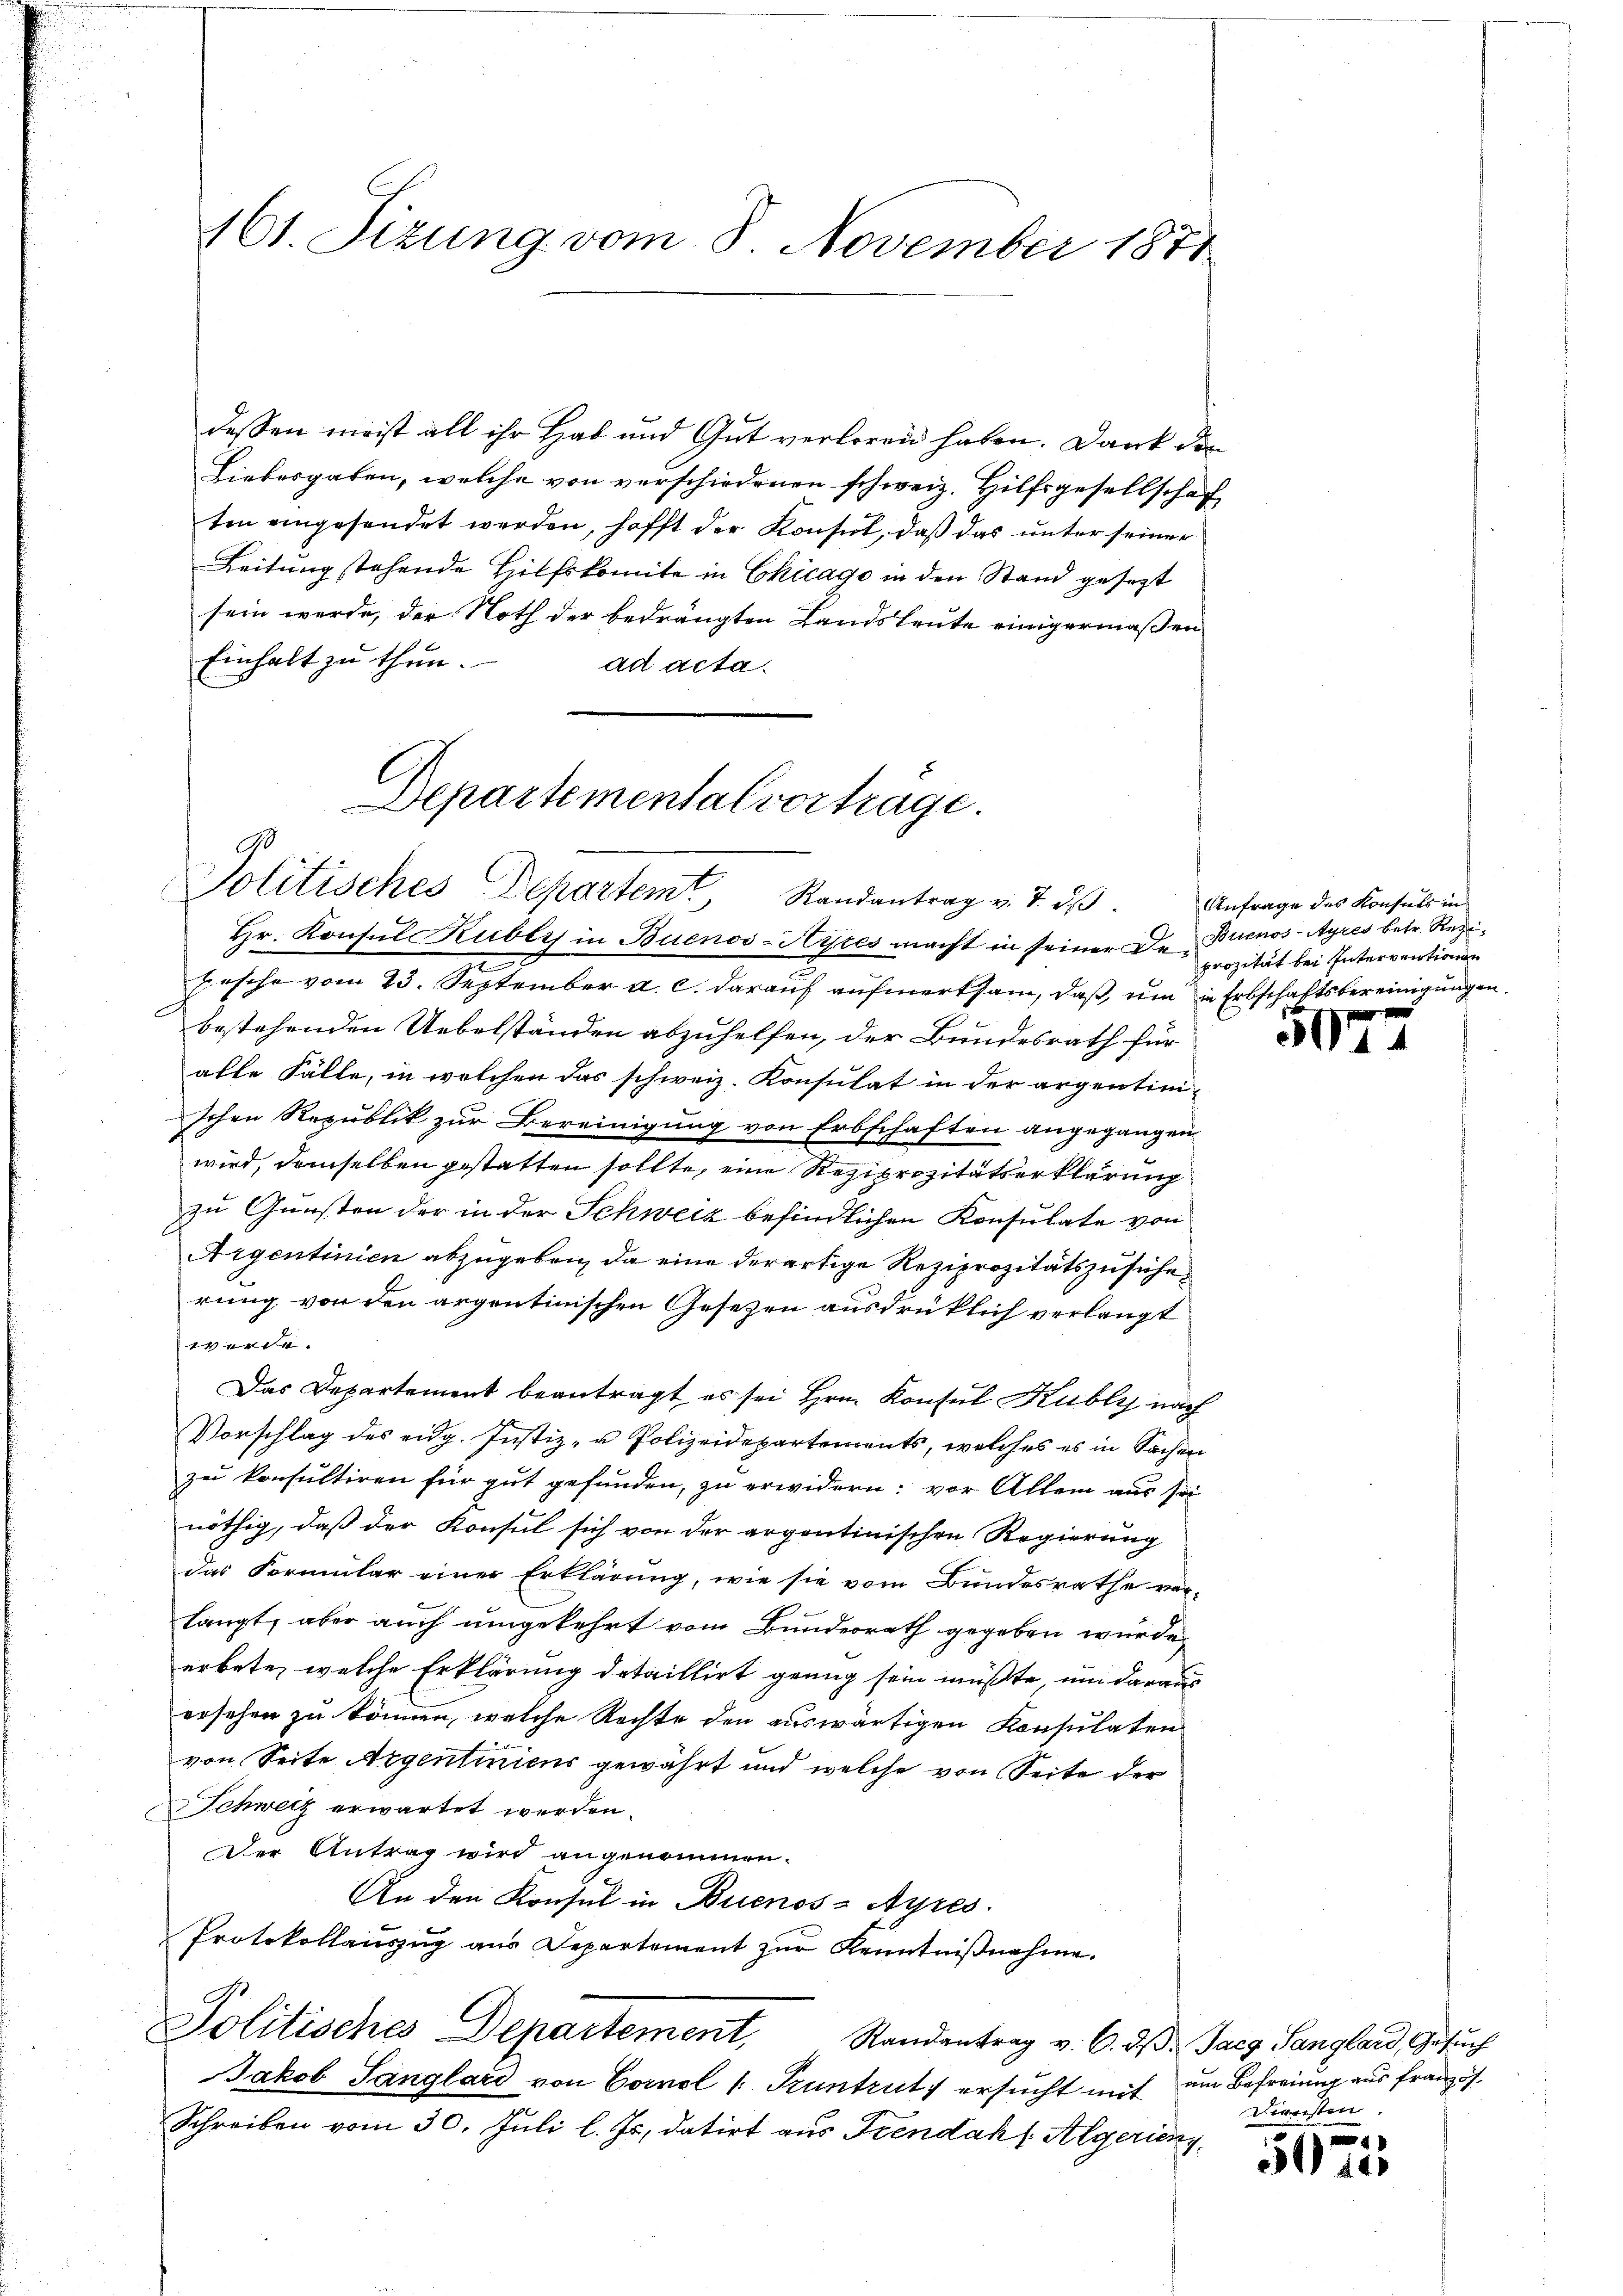
161. Sizung vom 8. November 1871

dessen meist all ihr Hab und Gut verloren haben. Dank die
Liebesgaben, welche von verschiedenen schweiz. Hilfsgesellschaf
ten eingesendet werden, hofft der Konsul, daß das unter seiner
Leitung stehende Hilfskomite in Chicago in den Stand gesezt
sein werde, der Noth der bedrängten Landsleute einigermaßen
Einhalt zu thun.
ad acta.
Departementalvertrage.

9
Politisches Departem Randantrag v. 7. dβ

Hr. Konsul Kublys in Buenos-Ayres macht in seiner Dr. Brienos-Ayres betr. Regi¬
Fasche vom 23. September a. c. darauf aufwerksam, daß, um in Erbschaftsbereinigungen.
bestehenden Uebelständen abzuhelfen, der Bundesrath für
alle Fälle, in welchen das schweiz. Konsulat in der argentini-
schen Republik zur Bereinigung von Erbschaften angegangen
wird, demselben gestatten sollte, eine Reziprozitätserklärung
zu Gunsten der in der Schweiz befindlichen Konsulate von
Argentinien abzugeben, da eine derartige Reziprozitätszusicherung von den argentinischen Gesezen ausdrüklich verlangt
werde.
Das Departement beantragt, es sei Hrn. Konsul Kubly nach
Vorschlag des eidg. Justiz- u Polizeidepartements, welches es in Sachen
zu konsultiren für gut gefunden, zu erwidern: vor Allem aus sei
nöthig, daß der Konsul sich von der argentinischen Regierung
das Formular einer Erklärung, wie sie vom Bundesrathe vo
langt, aber auch umgekehrt vom Bundesrath gegeben wurde,
erbete, welche Erklärung detaillirt genug sein müßte, um daraus
ersehen zu können, welche Rechte den auswärtigen Konsulaten
von Seite Argentiniens gewährt und welche von Seite der
Schweiz erwartet werden.
Der Antrag wird angenommen.
An den Konsul in Buenos-Ayres.
Protokollaŭszŭg aŭs Departement zŭr Kenntniβnahme.
Politisches Departement, Randantrag v. 6. dβ. Jacg Sanglard, Gesuch
Jakob Sanglard von Cornel 1. Pruntrut, ersucht mit um Befreiung aus französ¬
Schreiben vom 30. Juli l. Js. datirt aus Trendah l Algerien

Anfrage des Konsuls in
prozität bei Interventionen

.

Diensten.

4
50 10